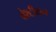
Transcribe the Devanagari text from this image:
ब्रेश्टीयन